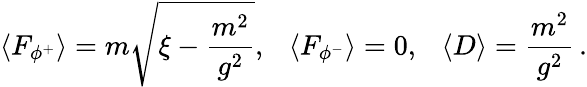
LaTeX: \langle F_{\phi^{+}}\rangle=m\sqrt{\xi-{\frac{m^{2}}{g^{2}}}},~~~\langle F_{\phi^{-}}\rangle=0,~~~\langle D\rangle=\frac{m^{2}}{g^{2}}\, .